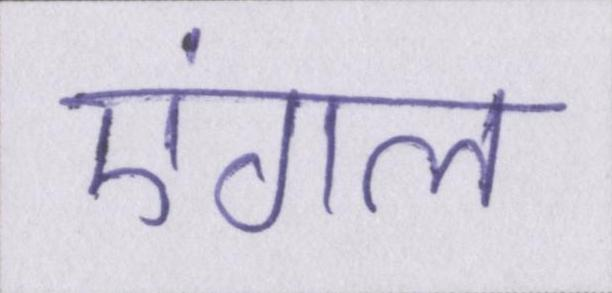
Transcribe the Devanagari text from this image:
एंगल